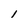
Character: l